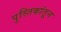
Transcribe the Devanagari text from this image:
पुस्तिकांतून